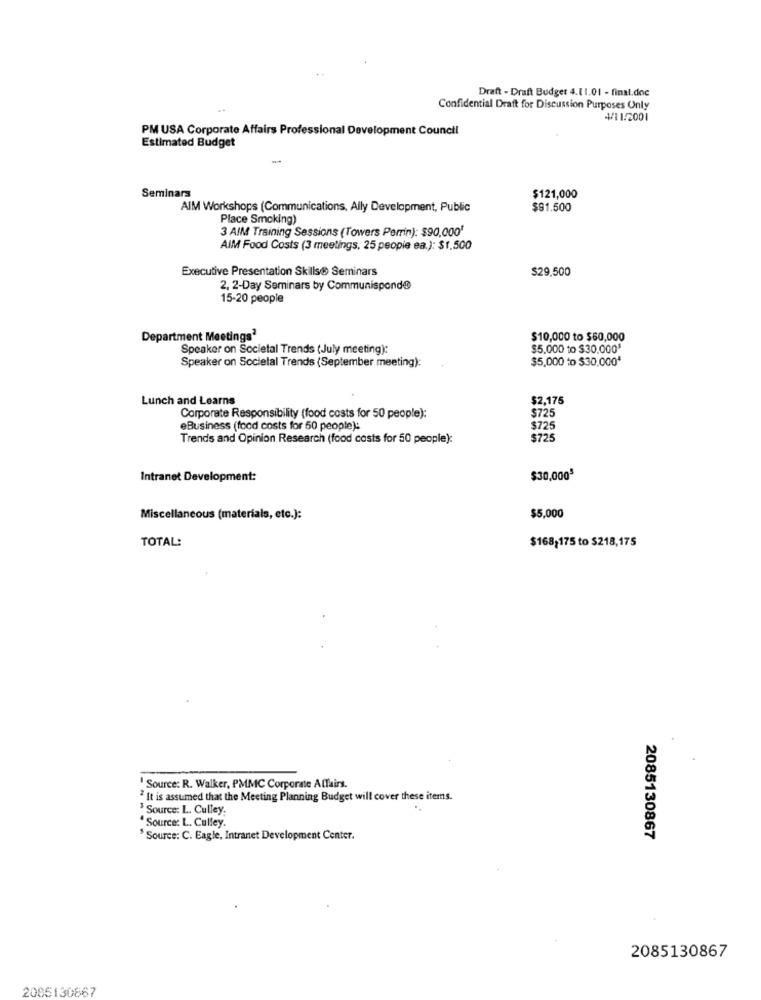
Draft - Draft Budget 4.11.01 - final.doc
Confidential Draft for Discussion Purposes Only
4/11/2001
PM USA Corporate Affairs Professional Development Council
Estimated Budget
Seminars
$121,000
AIM Workshops (Communications, Ally Development, Public
$91.500
Place Smoking)
3 AIM Training Sessions (Towers Perrin): $90,000*
AIM Food Costs (3 meetings, 25 people ea.): $1,500
Executive Presentation Skills® Seminars
$29.500
2, 2-Day Seminars by Communisponde
15-20 people
Department Meetings2
$10,000 to $60,000
Speaker on Societal Trends (July meeting):
$5.000 to $30.000ª
$5,000 to $30,000*
Speaker on Societal Trends (September meeting):
Lunch and Learns
$2,175
Corporate Responsibility (food costs for 50 people):
$725
eBusiness (food costs for 50 people):
$725
Trends and Opinion Research (food costs for 50 people):
$725
Intranet Development:
$30,0009
$5,000
Miscellaneous (materials, etc.):
TOTAL:
$168,175 to $218,175
' Source: R. Walker, PMMC Corporate Affairs.
2 It is assumed that the Meeting Planning Budget will cover these items.
$Source: L. Culley
" Source: L. Culley.
$ Source: C. Eagle, Intranet Development Center.
2085130867
2085130867
2085130867